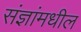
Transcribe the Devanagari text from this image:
संज्ञांमधील